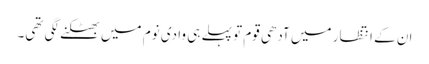
ان کے انتظار میں آدھی قوم تو پہلے ہی وادی نوم میں بھٹکنے لگی تھی۔